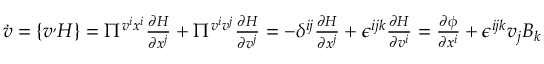
\begin{array} { r } { \dot { v } = \{ v ^ , H \} = \Pi ^ { v ^ { i } x ^ { i } } \frac { \partial H } { \partial x ^ { j } } + \Pi ^ { v ^ { i } v ^ { j } } \frac { \partial H } { \partial v ^ { j } } = - \delta ^ { i j } \frac { \partial H } { \partial x ^ { j } } + \epsilon ^ { i j k } \frac { \partial H } { \partial v ^ { i } } = \frac { \partial \phi } { \partial x ^ { i } } + \epsilon ^ { i j k } v _ { j } B _ { k } } \end{array}